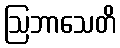
ဩဘာသေတိ